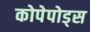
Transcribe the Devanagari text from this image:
कोपेपोड्स